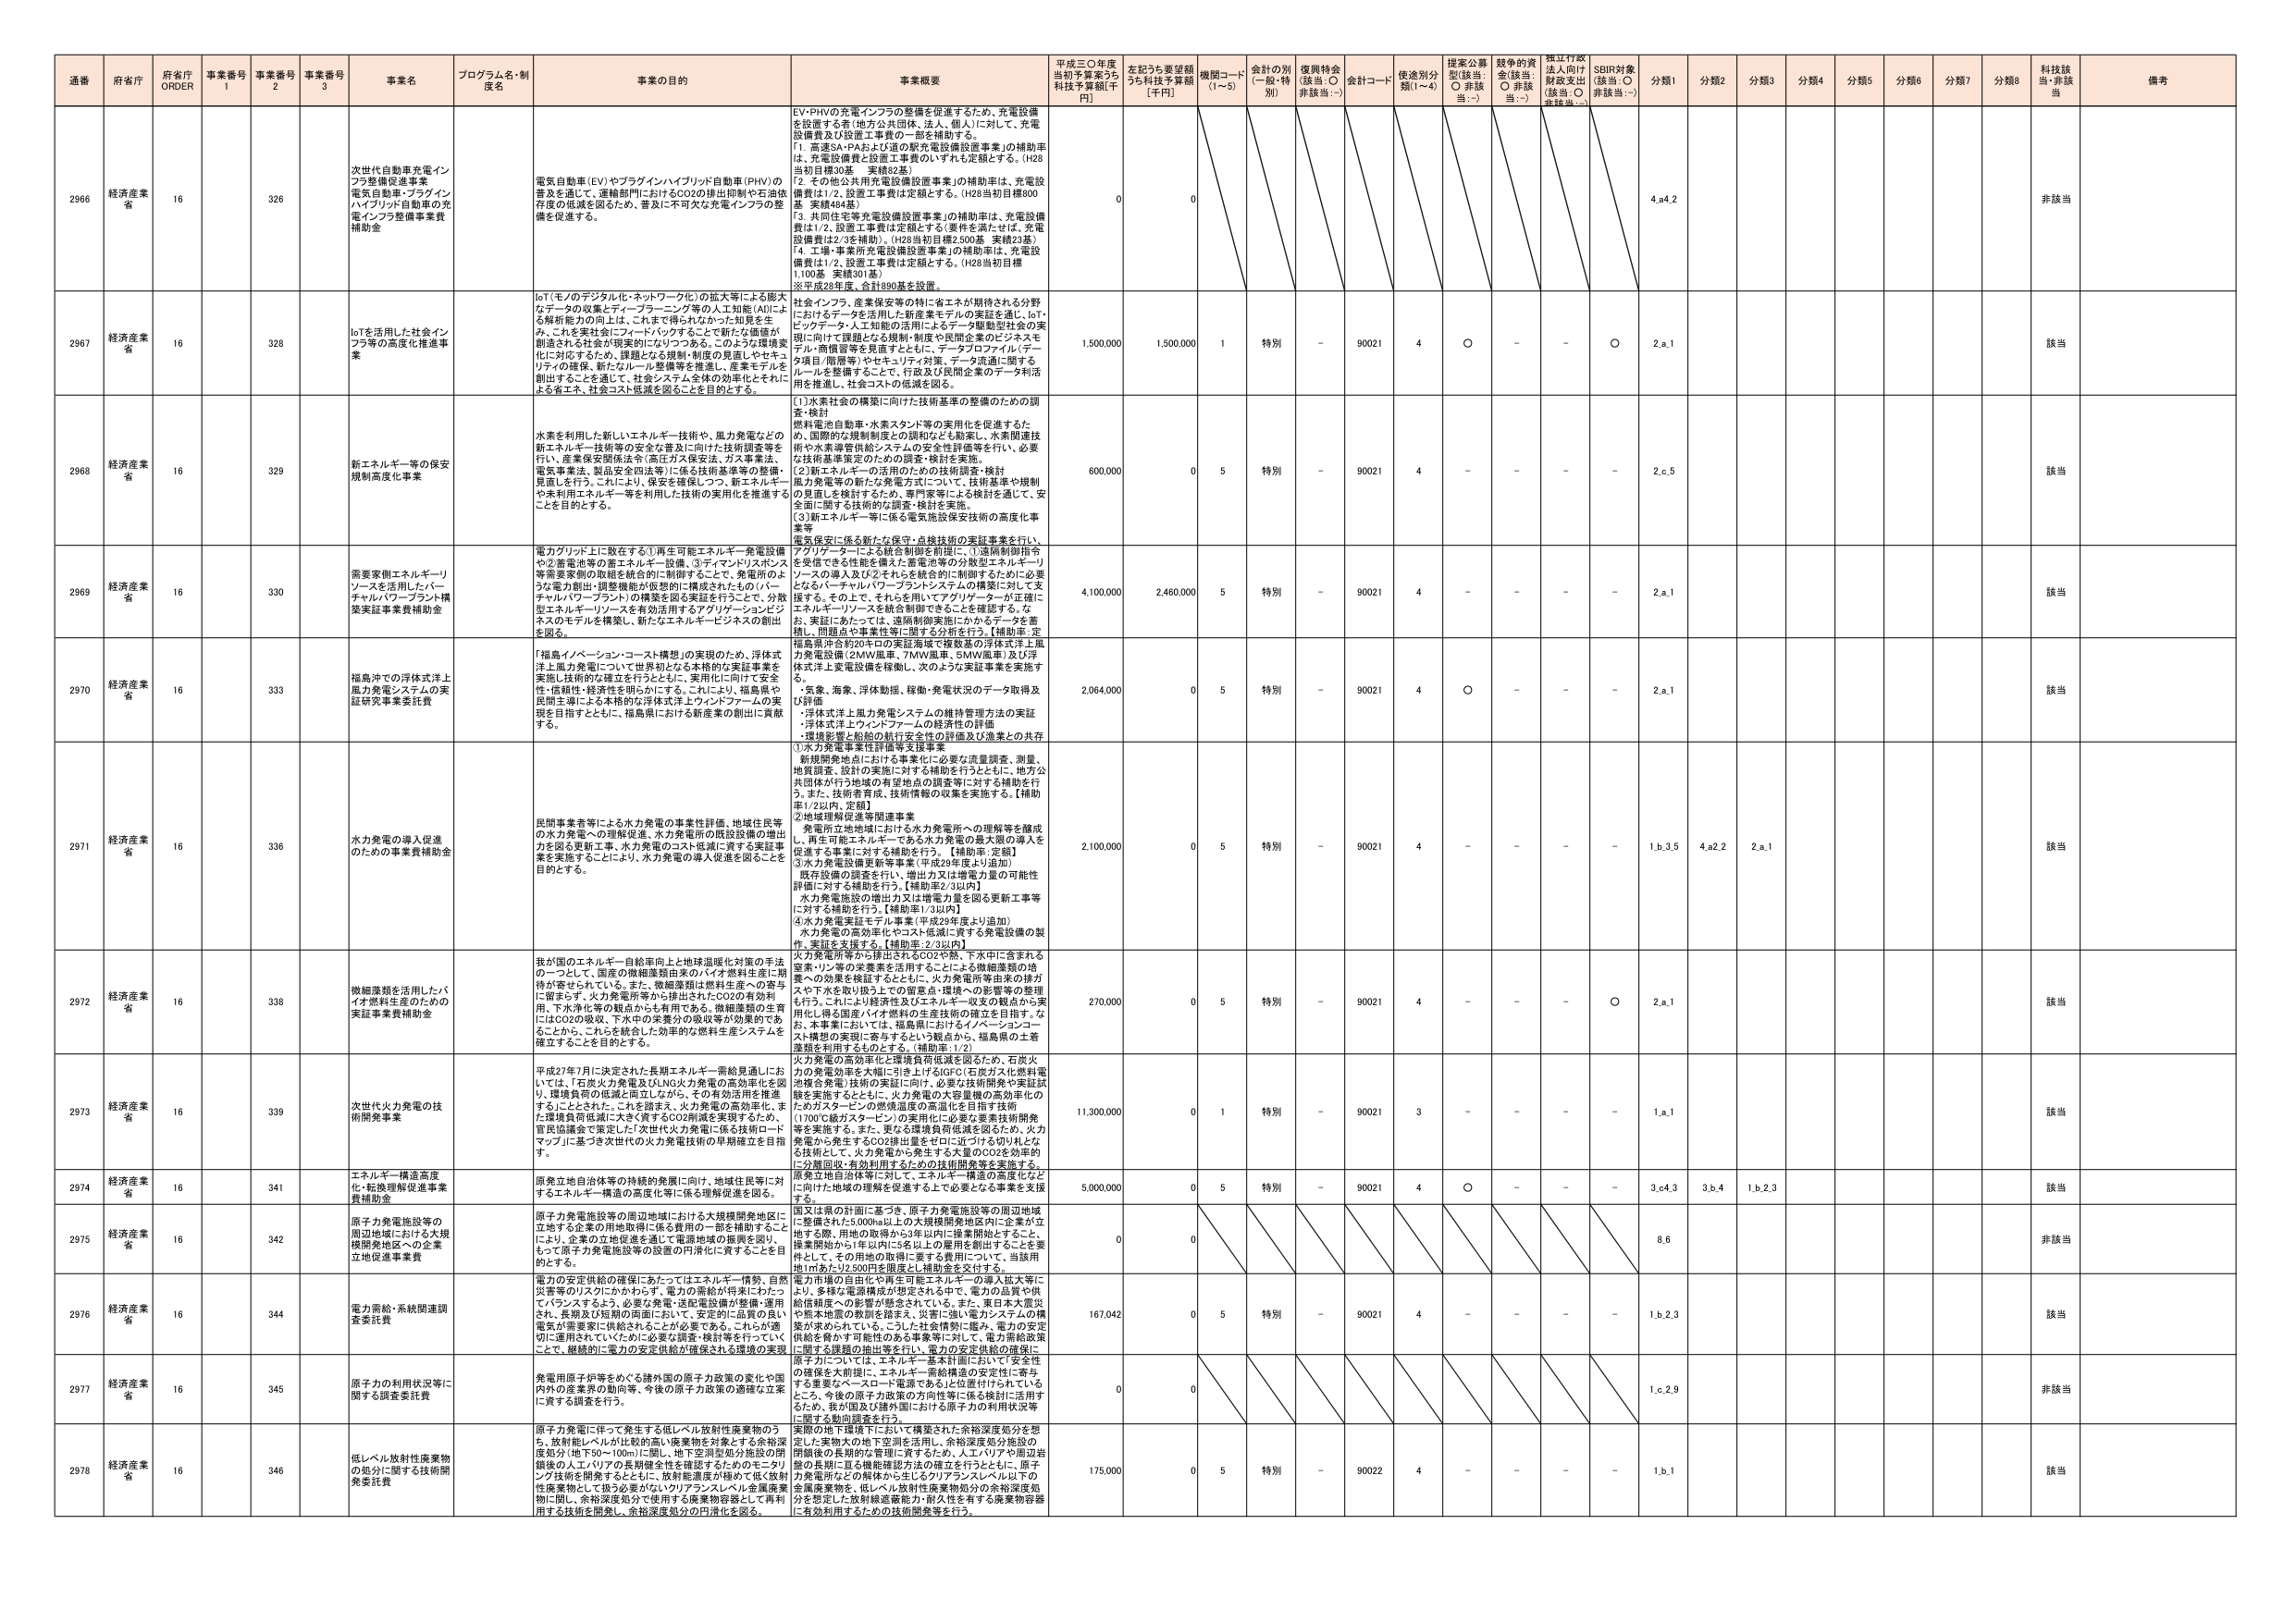
通番 府省庁 府省庁 ORDER 事業番号 1 事業番号 2 事業番号 3 事業名 プログラム名・制度名 事業の目的 事業概要 平成三〇年度 当初予算案うち 科技予算額[千円] 左記うち要望額 うち科技予算額 [千円] 機関コード (1～5) 会計の別 (一般・特別) 復興特会 (該当：○ 非該当：－) 会計コード 使途別分類(1～4) 提案公募型(該当：○ 非該当：－) 競争的資金(該当：○ 非該当：－) 独立行政法人向け財政支出(該当：○ 非該当：－) SDBR対象(該当：○ 非該当：－) 分類1 分類2 分類3 分類4 分類5 分類6 分類7 分類8 科技該当・非該当 備考

2966 経済産業省 16 326 次世代自動車充電インフラ整備促進事業 電気自動車・プラグインハイブリッド自動車の充電インフラ整備事業費補助金 電気自動車(EV)やプラグインハイブリッド自動車(PHV)の普及を進めて、運輸部門におけるCO2の排出抑制や石油依存度の低減を図るため、普及に不可欠な充電インフラの整備を促進する。 EV・PHVの充電インフラの整備を促進するため、充電設備を設置する者（地方公共団体、法人、個人）に対して、充電設備費及び設置工事費の一部を補助する。 「1. 商業SA・PAおよび道の駅充電設備設置事業」の補助率は、充電設備費と設置工事費のいずれも50%とする。（H28当初目標30基 実績82基） 「2. その他公共用充電設備設置事業」の補助率は、充電設備費は1/2、設置工事費は定額とする。（H28当初目標800基 実績404基） 「3. 共同住宅等充電設備設置事業」の補助率は、充電設備費は1/2、設置工事費は定額とする（要件を満たせば、充電設備費は2/3を補助）。（H28当初目標2,500基 実績23基） 「4. 工場・事業所充電設備設置事業」の補助率は、充電設備費は1/2、設置工事費は定額とする。（H28当初目標1,100基 実績301基） ※平成28年度、合計890基を設置。 0 0 4.a4.2 非該当

2967 経済産業省 16 328 IoTを活用した社会インフラ等の高度化推進事業 IoT（モノのデジタル化・ネットワーク化）の拡大等による膨大なデータの収集とディープラーニング等の人工知能（AI）による解析能力の向上は、これまで得られなかった知見を生み、これを実社会にフィードバックすることで新たな価値が創造される社会が現実的になりつつある。このような環境変化に対応するため、課題となる規制・制度の見直しやセキュリティの強化、新たなロールの整備等を推進し、産業モデルを創出することを通じて、社会システム全体の効率化とそれによる省エネ、社会コスト低減を図ることを目的とする。 社会インフラ、産業保安等の特に省エネが期待される分野におけるデータを活用した新産業モデルの実証を通じ、IoT・エンタープライズ・人工知能の活用によるデータ駆動型社会の実現に向けて課題となる規制・制度や民間企業のビジネスモデル・商慣習等を見直すとともに、データクロフォルム（データ項目・階層等）やセキュリティ対策、データ流通に関するルールを整備することで、行政及び民間企業のデータ利活用を推進し、社会コストの低減を図る。 1,500,000 1,500,000 1 特別 - 90021 4 ○ - - ○ 2.a.1 該当

2968 経済産業省 16 329 新エネルギー等の保安規制高度化事業 水素を利用した新しいエネルギー技術や、風力発電などの新エネルギー技術等の安全な普及に向けた技術調査等を行い、産業保安関係法令（高圧ガス保安法、ガス事業法、電気事業法、製品安全四法等）に係る技術基準等の整備・見直しを行う。これにより、保安を確保しつつ、新エネルギーも未利用エネルギー等を利用した技術の実用化を推進することを目的とする。 （1）水素社会の構築に向けた技術基準の整備のための調査・検討 燃料電池自動車・水素スタンド等の実用化を促進するため、国際的な規制制度との調和なども勘案し、水素関連技術や水素導管供給システムの安全性評価等を行い、必要な技術基準策定のための調査・検討を実施。 （2）新エネルギーの活用のための技術調査・検討 風力発電等の新たな発電方式について、技術基準や規制の見直しを検討するため、専門家等による検討を通じて、安全面に関する技術的な調査・検討を実施。 （3）新エネルギー等に係る電気施設保安技術の高度化事業 600,000 0 5 特別 - 90021 4 - - - - 2.e.5 該当

2969 経済産業省 16 330 需要家側エネルギー・リソースを活用したバーチャルパワープラント構築実証事業費補助金 電力グリッド上に散在する①再生可能エネルギー発電設備や②蓄電池等の新エネルギー設備、③ディマンドリスポンス等需要家側の取組を統合的に制御することで、発電所のように電力創出・調整機能が仮想的に構成されたもの（バーチャルパワープラント）の構築を図る実証を行うことで、分散型エネルギー・リソースを有効活用するアグリゲーションビジネスのモデルを構築し、新たなエネルギービジネスの創出を図る。 電気供給に係る新たな保守・点検技術の実証事業を行い、アグリゲーターによる統合制御を前提に、①遠隔制御指令を受信できる性能を備えた蓄電池等の分散型エネルギー・リソースの導入及び②それらを統合的に制御するためには必要となるバーチャルパワープラントシステムの構築に対して支援する。その上で、それらを用いてアグリゲーターが正確にエネルギー・リソースを統合制御できることを確認する。なお、実証にあたっては、遠隔制御実施にかかるデータを蓄積し、関係法令事業者等に開示する方針を行う。【補助率：定額品目合計20キロの実証海域で複数基の浮体式洋上風力発電設備（2MW風車、7MW風車、5MW風車）及び浮体式洋上変電設備を稼働し、次のようG実証事業を実施する。 4,100,000 2,460,000 5 特別 - 90021 4 - - - - 2.a.1 該当

2970 経済産業省 16 333 福島沖での浮体式洋上風力発電システムの実証研究事業委託費 「福島イノベーション・コート構想」の実現のため、浮体式洋上風力発電について世界初となる本格的な実証事業を実施し技術的な確立を行うとともに、実用化に向けて安全性・信頼性・経済性を明らかにする。これにより、福島県や民間主導による本格的な浮体式洋上ウインドファームの実現を目指すとともに、福島県における新産業の創出に貢献する。 ・気象、海象、浮体動揺、稼働・発電状況のデータ取得及び評価 ・浮体式洋上風力発電システムの維持管理方法の実証 ・浮体式洋上ウインドファームの経済性の評価 ・環境影響と船舶の航行安全の評価及び漁業との共存 2,064,000 0 5 特別 - 90021 4 ○ - - - 2.a.1 該当

2971 経済産業省 16 336 水力発電の導入促進のための事業費補助金 民間事業者等による水力発電の事業性評価、地域住民等の水力発電への理解促進、水力発電所の既設設備の増出力を図る更新工事、水力発電のコスト低減に資する実証事業を実施することにより、水力発電の導入促進を図ることを目的とする。 ①水力発電事業性評価等支援事業 新規開発地点における事業化に必要な流量調査、測量、地質調査、設計の実施に対する補助を行うとともに、地方公共団体が行う地域の有望地点の調査等に対する補助を行う。また、技術書類、技術情報の収集を実施する。【補助率1/2以内、定額】 ②地域理解促進等関連事業 発電所立地地域における水力発電所への理解等を醸成し、再生可能エネルギーである水力発電の最大限の導入を促進する事業に対する補助を行う。【補助率：定額】 ③水力発電設備更新等事業（平成29年度より追加） 既存設備の調査を行い、増出力又は増電力量の可能性評価に対する補助を行う。【補助率2/3以内】 水力発電施設の増出力又は増電力量を図る更新工事等に対する補助を行う。【補助率1/3以内】 ④水力発電実証モデル事業（平成29年度より追加） 水力発電の高効率化やコスト低減に資する発電設備の製作、実施を支援する。【補助率：2/3以内】 2,100,000 0 5 特別 - 90021 4 - - - - 1.b.3.5 4.a2.2 2.a.1 該当

2972 経済産業省 16 338 微細藻類を活用したバイオ燃料生産のための実証事業費補助金 我が国のエネルギー自給率向上と地球温暖化対策の手法の一つとして、国産の微細藻類由来のバイオ燃料生産に期待が寄せられている。また、微細藻類は燃料生産への寄与に留まらず、火力発電所等から排出されたCO2の有効利用、下水净化等の観点からも有用である。微細藻類の生育にはCO2の吸収、下水中的栄養分の吸収等が効果的であることから、これらを融合した効率的な燃料生産システムを確立することを目的とする。 火力発電所等から排出されるCO2や窒素・リン等の栄養素を活用することによる微細藻類の培養への効果を検証するとともに、火力発電所等由来の排ガスや下水を吸収・除去しての窒素点・燐等への影響等の整理を行う。これにより経済性の向上と、CO2の吸収から実用化に得る国産バイオ燃料の生産技術の確立を目指す。なお、本事業においては、福島県におけるイノベーション・コート構想の実現に寄与するという観点から、福島県の土着藻類を利用することとする。【補助率：1/2】 270,000 0 5 特別 - 90021 4 - - - ○ 2.a.1 該当

2973 経済産業省 16 339 次世代火力発電の技術開発事業 平成27年7月に決定された長期エネルギー需給見通しにおいては、「石炭火力発電及びLNG火力発電の高効率化を図り、環境負荷の低減と同立しながら、その有効活用を推進する」とされた。これを踏まえ、火力発電の高効率化、また環境負荷低減に大きく資するCO2削減を実現するため、官民協議会で策定した「次世代火力発電に係る技術ロードマップ」に基づき次世代の火力発電技術の早期確立を目指す。 火力発電の高効率化と環境負荷低減を図るため、石炭火力の発電効率を大幅に引き上げるIGFC（石炭ガス化燃料電池複合発電）技術の実証に向け、必要な技術開発や実証試験を実施するとともに、火力発電の大容量機の高効率化のためのステーミンの燃焼温度の高温化を目指す技術（1700℃級ガスタービン）の実用化に必要な要素技術開発等を実施する。また、更なる環境負荷低減を図るため、火力発電から発生するCO2排出量をゼロに近づける切り札となる技術として、火力発電から発生する大量のCO2を効率的に分離回収・有効利用するための技術開発等を実施する。 11,300,000 0 1 特別 - 90021 3 - - - - 1.a.1 該当

2974 経済産業省 16 341 エネルギー構造高度化・転換理解促進事業費補助金 原発立地自治体等の持続的発展に向け、地域住民等に対するエネルギー構造の高度化等に係る理解促進を図る。 原発立地自治体等に対して、エネルギー構造の高度化など向けに地域の理解を促進する上で必要な各種事業を支援する。 5,000,000 0 5 特別 - 90021 4 ○ - - - 3.c4.3 3.b.4 1.b.2.3 該当

2975 経済産業省 16 342 原子力発電施設等の周辺地域における大規模開発地区への企業立地促進事業費 原子力発電施設等の周辺地域における大規模開発地区に立地する企業の用地取得に係る費用の一部を補助することにより、企業の立地促進と、企業の立地促進を通じた雇用を図り、もって原子力発電施設等の設置の円滑化に資することを目的とする。 国又は県の計画に基づき、原子力発電施設等の周辺地域に整備された1,000ha以上の大規模開発地区内に企業が立地する際、用地の取得から5年以内に操業開始とすること、操業開始から1年以内に5名以上の雇用を創出することを要件として、その用地の取得に要する費用について、当該用地1haあたり2,500円を限度とし補助金を交付する。 0 0 8.6 非該当

2976 経済産業省 16 344 電力需給・系統関連調査委託費 電力の安定供給の確保にあたってはエネルギー構造、自然災害等のリスクにかかわらず、電力の需給が得易いように、バランスするよう、必要な発電・送配電設備が整備・運用され、長期及び短期の両面において、安定的に品質の良い電気が需要家に供給されることが必要である。これは必要に応じて運用されていくために必要な調査・検討等を行っていくことで、継続的に電力の安定供給が確保される環境の実現 電力市場の自由化や再生可能エネルギーの導入拡大等により、多様な電源構成が想定される中で、電力の品質や供給信頼度への影響が懸念されている。また、東日本大震災や熊本地震の教訓を踏まえ、災害に強い電力システムの構築が求められている。こうした背景に鑑み、電力の安定供給を脅かす可能性のある事象等に対して、電力需給政策に関する課題の抽出等を行い、電力の安定供給の確保に資すために、エネルギー基本計画において「安全性の確保を前提に、エネルギー需給構造の安定化に寄与する重要なベースロード電源である」と位置付けられているところ、今後の原子力政策の方向性等に係る検討に活用するため、我が国及び諸外国における原子力の利用状況等に関する動向調査を行う。 167,042 0 5 特別 - 90021 4 - - - - 1.b.2.3 該当

2977 経済産業省 16 345 原子力の利用状況等に関する調査委託費 発電用原子炉等をめぐる諸外国の原子力政策の変化や国内外の産業界の動向等、今後の原子力政策の適確な立案に資する調査を行う。 0 0 1.c.2.9 非該当

2978 経済産業省 16 346 低レベル放射性廃棄物の処分に関する技術開発委託費 原子力発電に伴って発生する低レベル放射性廃棄物のうち、放射能レベルが比較的高い廃棄物を対象とする余裕深度処分（地下50～100m）に関し、地下空洞型処分施設の開鎖後の人工バリアの長期健全性を確認するためのモニタリング技術を開発するとともに、放射能濃度が極めて低く放射性廃棄物として扱う必要がないウラン・スレル等廃棄物に関し、余裕深度処分で使用する廃棄物容器として再利用する技術を開発し、余裕深度処分の円滑化を図る。 深層の地下環境下において構築された余裕深度処分を想定した実物大の地下空洞を活用し、余裕深度処分施設の閉鎖後の長期的な管理に資するため、人工バリアや周辺岩盤の長期に亘る機能確認方法の確立を行うとともに、原子力発電所などの機体から生じるクリアランスレベル以下の金属廃棄物を、低レベル放射性廃棄物処分の余裕深度処分を想定した放射線遮蔽能力・耐久性を有する廃棄物容器に有効利用するための技術開発等を行う。 175,000 0 5 特別 - 90022 4 - - - - 1.b.1 該当